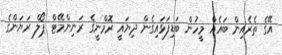
އޭގެ ތެރެއިން ބައެއް މީހުން ބަޑިފަޅައިގެން ދިޔައީ ރޮމްނީގެ ރަނިންމޭޓް ޕޯލް ރަޔަންގެ